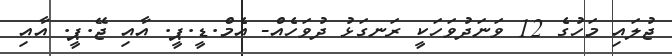
ޖުލައި މަހުގެ 12 ވަނަދުވަހަކީ ރަނގަޅު ދުވަހެއް- އެމް.ޑީ.ޕީ. އާއި ޖޭ.ޕީ. އާއި